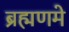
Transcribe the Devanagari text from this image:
ब्रह्मणमे